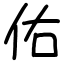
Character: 佑